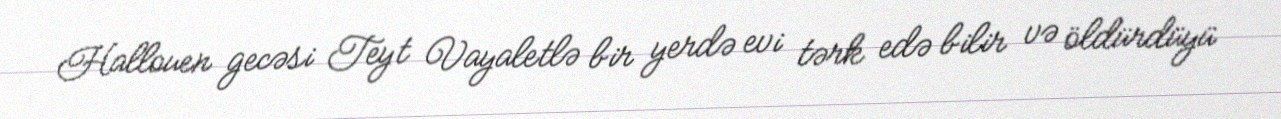
Hallouen gecəsi Teyt Vayaletlə bir yerdə evi tərk edə bilir və öldürdüyü